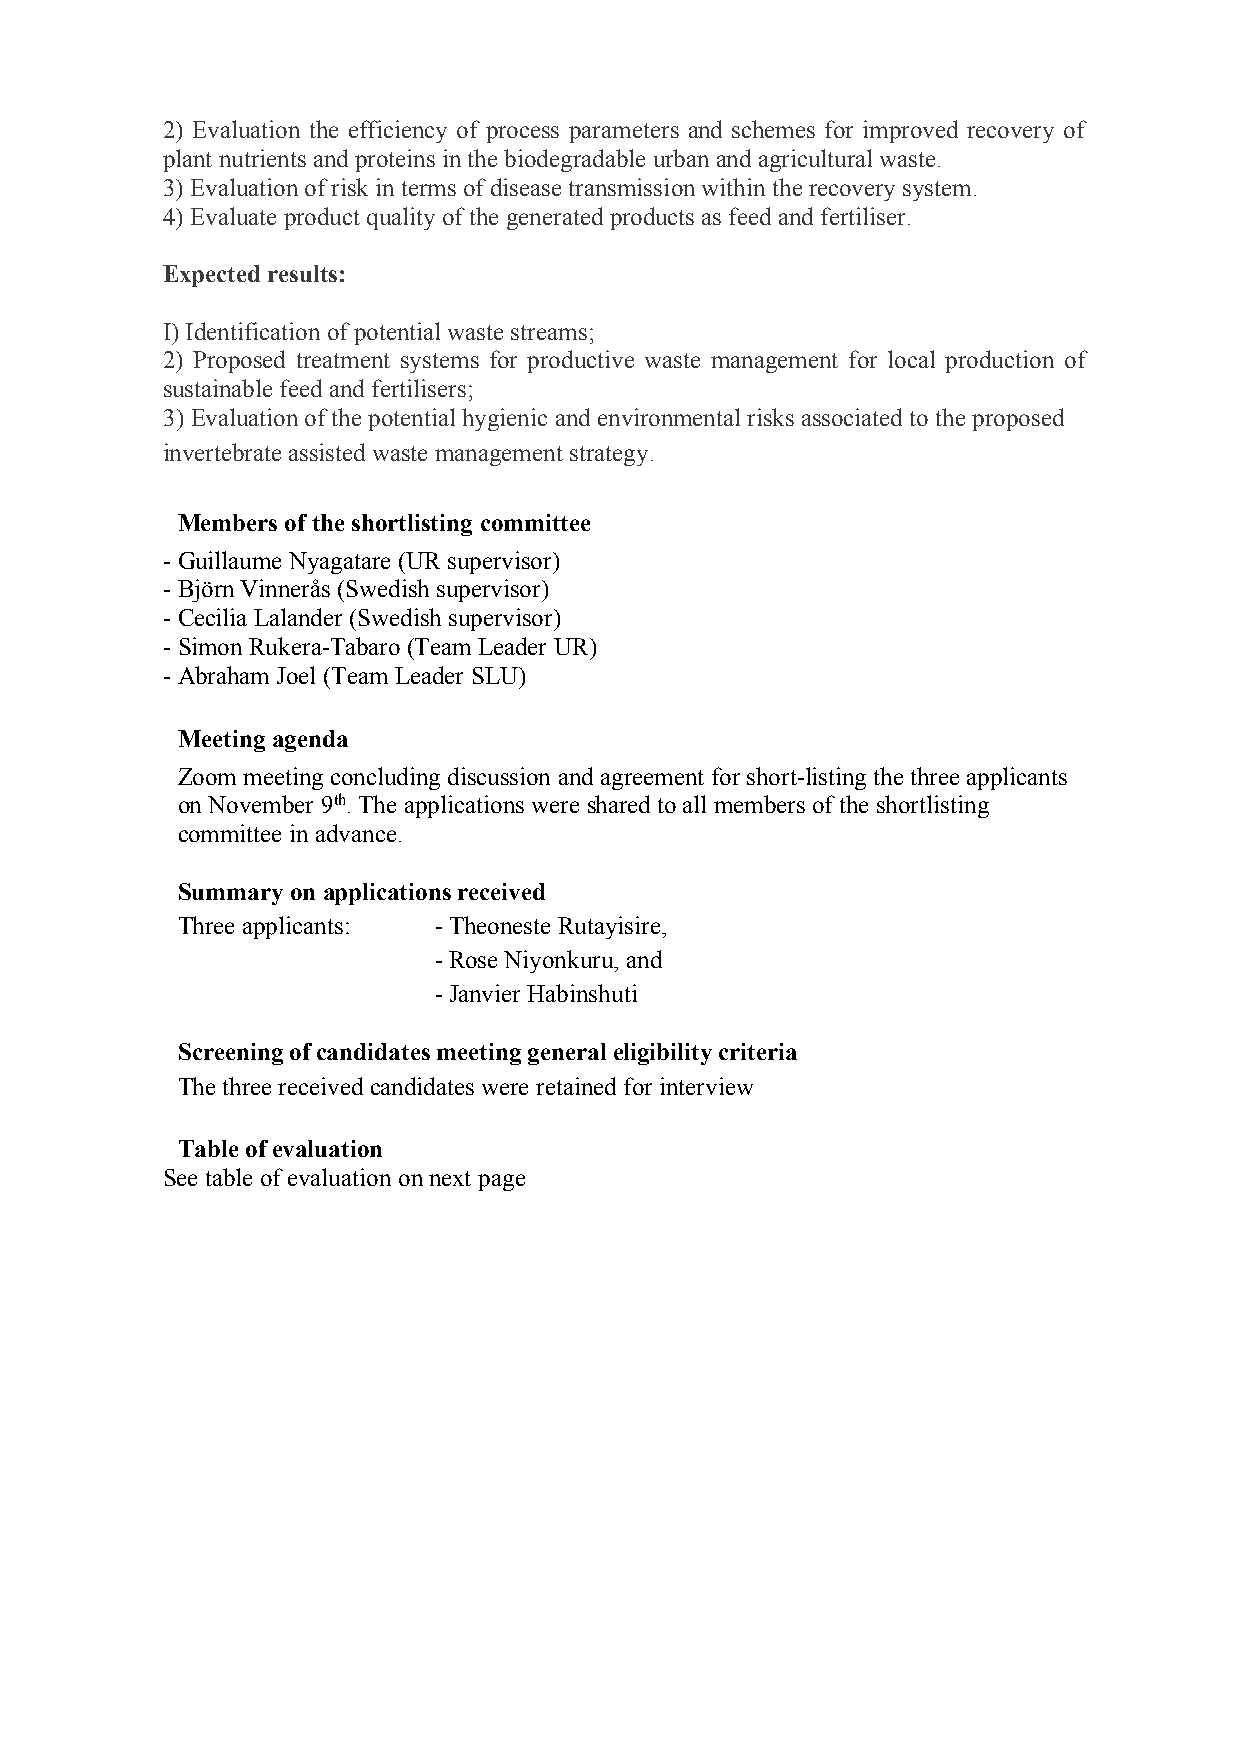
2) Evaluation the efficiency of process parameters and schemes for improved recovery of
 plant nutrients and proteins in the biodegradable urban and agricultural waste.
 3) Evaluation of risk in terms of disease transmission within the recovery system.
 4) Evaluate product quality of the generated products as feed and fertiliser.
 Expected results:
 I) Identification of potential waste streams;
 2) Proposed treatment systems for productive waste management for local production of
 sustainable feed and fertilisers;
 3) Evaluation of the potential hygienic and environmental risks associated to the proposed
 invertebrate assisted waste management strategy.
 Members of the shortlisting committee
 - Guillaume Nyagatare (UR supervisor)
 - Björn Vinnerås (Swedish supervisor)
 - Cecilia Lalander (Swedish supervisor)
 - Simon Rukera-Tabaro (Team Leader UR)
 - Abraham Joel (Team Leader SLU)
 Meeting agenda
 Zoom meeting concluding discussion and agreement for short-listing the three applicants
 on November 9th. The applications were shared to all members of the shortlisting
 committee in advance.
 Summary on applications received
 Three applicants: - Theoneste Rutayisire,
 - Rose Niyonkuru, and
 - Janvier Habinshuti
 Screening of candidates meeting general eligibility criteria
 The three received candidates were retained for interview
 Table of evaluation
 See table of evaluation on next page